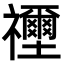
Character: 𥜦